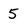
Character: 5